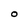
Character: 0